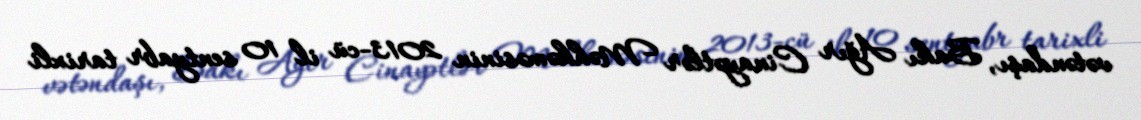
vətəndaşı, Bakı Ağır Cinayətlər Məhkəməsinin 2013-cü il 10 sentyabr tarixli